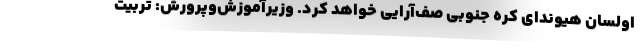
اولسان هیوندای کره جنوبی صف‌آرایی خواهد کرد. وزیرآموزش‌وپرورش: تربیت